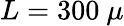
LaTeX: L=300~\mu